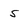
Character: 5